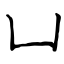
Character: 凵